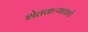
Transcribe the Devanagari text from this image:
शेतकऱ्यायाचे